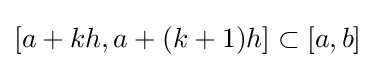
[a+kh,a+(k+1)h]\subset [a,b]